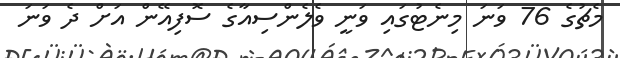
މެޗުގެ 76 ވަނަ މިނެޓުގައި ވަނީ ވެލެންސިއާގެ ސޮފިއޭން އަށް ދެ ވަނަ